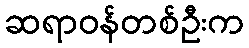
ဆရာဝန်တစ်ဦးက